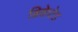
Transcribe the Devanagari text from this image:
ब्रिक्वेटेड